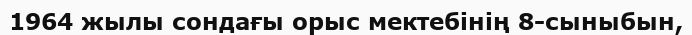
1964 жылы сондағы орыс мектебінің 8-сыныбын,